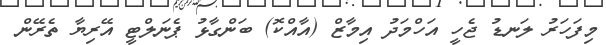
މިފަހަރު ލަނޑު ޖެހީ އަހްމަދު އިމާޒް (އާއްކޮ) ބަންގާޅު ޕެނަލްޓީ އޭރިޔާ ތެރޭން